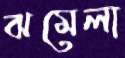
ঝমেলা